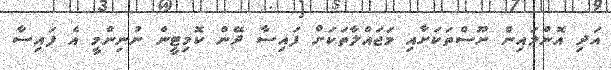
އަދި އޮންލައިން ނޫސްތަކަށާއި މަޖައްލާތަކަށް ފައިސާ ދޭން ކޮމިޓީން ނުނިންމީ އެ ފައިސާ